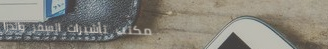
مكتب تأشيرات السفر والدرا